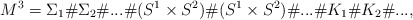
\begin{align*}M^3 = {\Sigma_1} \# {\Sigma_2} \# ... \# (S^1 \times S^2) \# (S^1 \times S^2) \# ... \# K_1 \# K_2 \# ...,\end{align*}